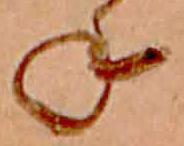
ね